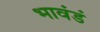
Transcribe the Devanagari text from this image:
भावंडं